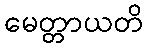
မေတ္တာယတိ